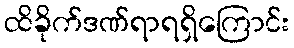
ထိခိုက်ဒဏ်ရာရရှိကြောင်း